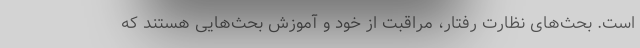
است. بحث‌های نظارت رفتار، مراقبت از خود و آموزش بحث‌هایی هستند که